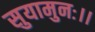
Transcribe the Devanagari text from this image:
सुयामुनः।।